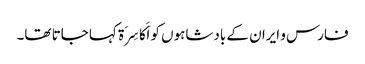
فارس و ایران کے بادشاہوں کو اَکَاسِرَۃ کہا جاتا تھا۔